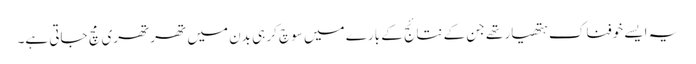
یہ ایسے خوفناک ہتھیار تھے جن کے نتائج کے بارے میں سوچ کر ہی بدن میں تھرتھری مچ جاتی ہے۔